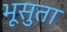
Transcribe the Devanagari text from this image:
भूसुता